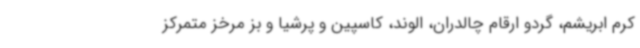
کرم ابریشم، گردو ارقام چالدران، الوند، کاسپین و پرشیا و بز مرخز متمرکز